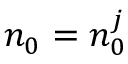
n _ { 0 } = n _ { 0 } ^ { j }